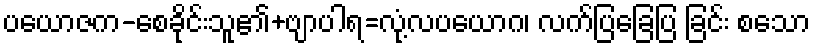
ပယောဇက-စေခိုင်းသူ၏+ဗျာပါရ=လုံ့လပယောဂ၊ လက်ပြခြေပြ ခြင်း စသော